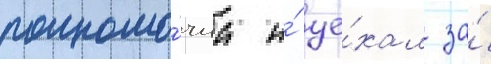
полномо́чиа и́ уе́хал за́